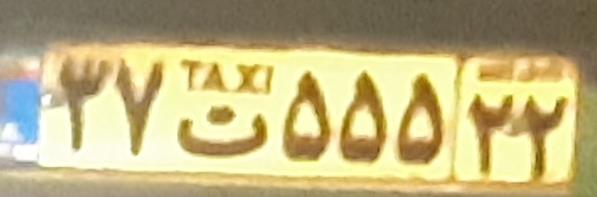
۳۷ت۵۵۵۲۲